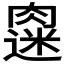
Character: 𫆭